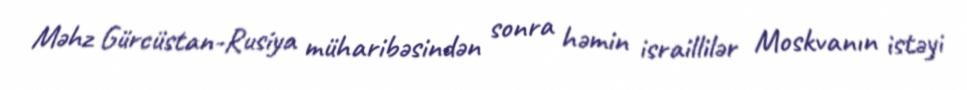
Məhz Gürcüstan-Rusiya müharibəsindən sonra həmin israillilər Moskvanın istəyi